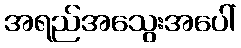
အရည်အသွေးအပေါ်